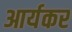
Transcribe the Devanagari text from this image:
आर्यकर